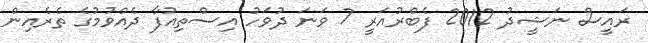
ރައީސް ނަޝީދު 2012 ފެބްރުއަރީ 7 ވަނަ ދުވަހު އިސްތިއުފާ ދެއްވުމުގެ ތެރެއިން